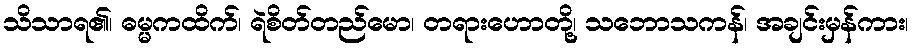
သိသာရ၏၊ ဓမ္မကထိက်၊ ရဲစိတ်တည်မော၊ တရားဟောတို့၊ သဘောသကန်၊ အချင်းမှန်ကား၊